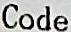
CODE